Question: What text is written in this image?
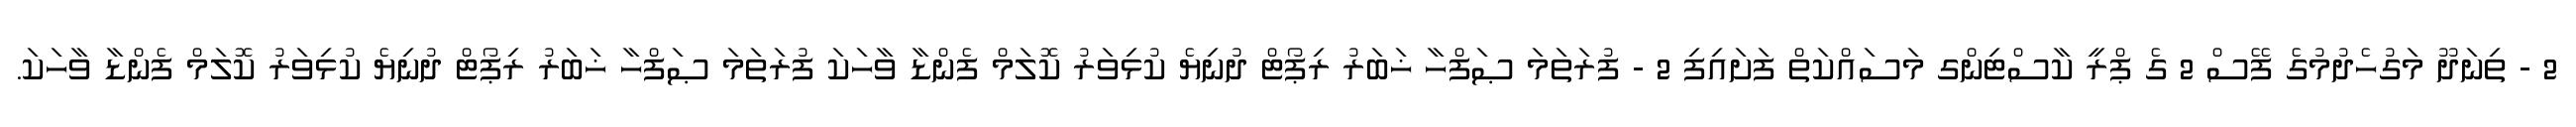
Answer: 2 - ތިނަދޫ މަގުހެދުމުގެ ފޭސް 2 ގެ ޕްރީ ކާސްޓިންގ މަސައްކަތް ފަށައިފި 2 - ފުރަތަމަ ޞަފްހާ ޚަބަރު ރިޕޯޓް ދުނިޔެ ކުޅިވަރު ކޮލަމް ފެންޑާ ވާހަކަ ފުރަތަމަ ޞަފްހާ ޚަބަރު ރިޕޯޓް ދުނިޔެ ކުޅިވަރު ކޮލަމް ފެންޑާ ވާހަކަ.